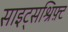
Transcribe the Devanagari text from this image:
साइट्सश्रिफ़्ट